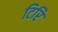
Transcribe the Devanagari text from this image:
टिरि